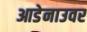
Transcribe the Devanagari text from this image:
आडेनाउवर